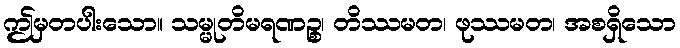
ဤမှတပါးသော။ သမ္မုတိမရဏဉ္စ၊ တိဿမတ၊ ဖုဿမတ၊ အစရှိသော